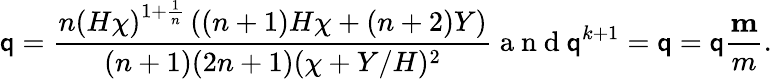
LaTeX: \mathsf{q}=\frac{{\displaystyle{n\left(H\chi\right)^{1+\frac{{1}}{{n}}}\left((n+1)H\chi+(n+2)Y\right)}}}{{(n+1)(2n+1)(\chi+Y/H)^{2}}}\mathrm{{~a~n~d~}}\mathbf{{\mathsf{q}}}^{k+1}=\mathbf{{\mathsf{q}}}=\mathsf{q}\frac{{\mathbf{{m}}}}{{m}}.